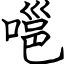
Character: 嗈